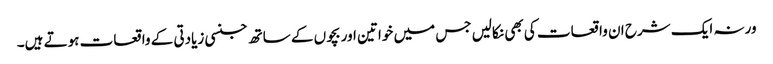
ورنہ ایک شرح ان واقعات کی بھی نکالیں جس میں خواتین اور بچوں کے ساتھ جنسی زیادتی کے واقعات ہوتے ہیں۔